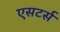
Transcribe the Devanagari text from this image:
एसटर्स